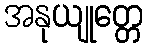
အနုယျုတ္တေ